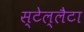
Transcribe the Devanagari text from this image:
स्टेल्लैटा